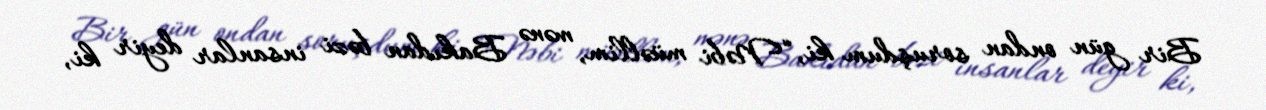
Bir gün ondan soruşdum ki, “Nəbi müəllim, mənə Bakıdan bəzi insanlar deyir ki,